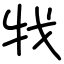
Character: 牫